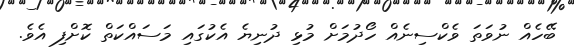
ބޭހެއް ނުވަތަ ވެކްސިނެއް ހޯދުމަށް މުޅި ދުނިޔެ އެކުގައި މަސައްކަތް ކޮށްފި އެވެ.